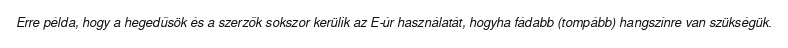
Erre példa, hogy a hegedűsök és a szerzők sokszor kerülik az E-úr használatát, hogyha fádabb (tompább) hangszínre van szükségük.